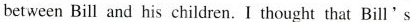
between Bill and his children. I thought that Bill 's